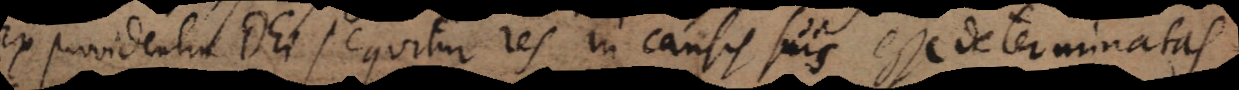
Ex providentia Dei sequitur res in causis suis esse determinatas.